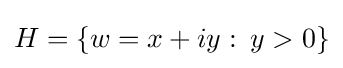
H=\{w=x+iy\,\colon \,y>0\}